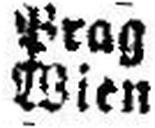
Wien